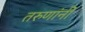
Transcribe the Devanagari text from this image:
तरुणांनीं